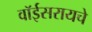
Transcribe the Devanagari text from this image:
वॉईसरायचे